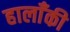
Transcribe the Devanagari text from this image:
हालाँकी